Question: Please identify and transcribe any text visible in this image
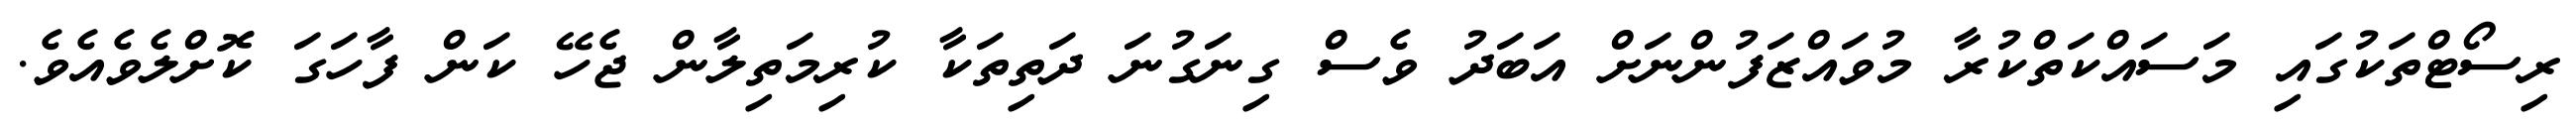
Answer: ރިސޯޓްތަކުގައި މަސައްކަތްކުރާ މުވައްޒަފުންނަށް އަބަދު ވެސް ގިނަގުނަ ދަތިތަކާ ކުރިމަތިލާން ޖެހޭ ކަން ފާހަގަ ކޮށްލެވެއެވެ.